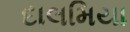
દાલમિયા